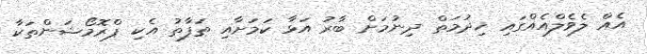
އެއް ލެވެލްއެއްގައި ޚިދުމަތް ދިނުމަށް ބާރު އަޅާ ކަމަށާއި ތަފާތު އެކި ޕްރޮމޯޝަންތަކާ